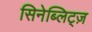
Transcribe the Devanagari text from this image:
सिनेब्लिट्ज़